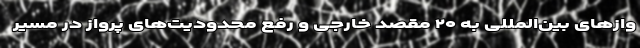
وازهای بین‌المللی به ۲۰ مقصد خارجی و رفع محدودیت‌های پرواز در مسیر